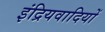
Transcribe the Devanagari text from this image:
इंद्रियवादियों